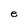
Character: e